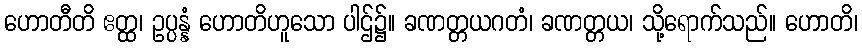
ဟောတီတိ ဧတ္ထ၊ ဥပ္ပန္နံ ဟောတိဟူသော ပါဌ်၌။ ခဏတ္တယဂတံ၊ ခဏတ္တယ၊ သို့ရောက်သည်။ ဟောတိ၊